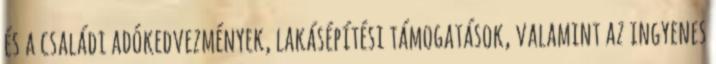
és a családi adókedvezmények, lakásépítési támogatások, valamint az ingyenes